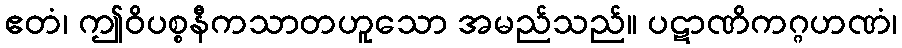
ဧတံ၊ ဤဝိပစ္စနီကသာတဟူသော အမည်သည်။ ပဋာဏိကဂ္ဂဟဏံ၊